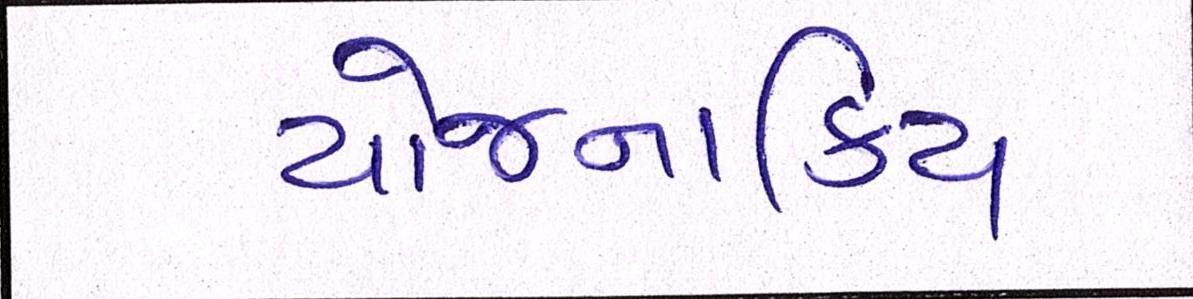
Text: યોજનાકિય